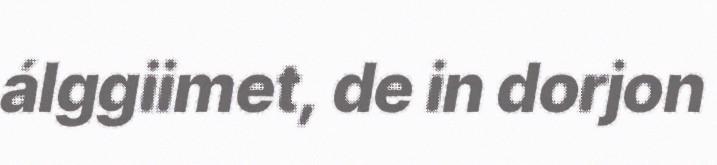
álggiimet, de in dorjon